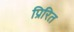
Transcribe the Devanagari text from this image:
प्रिरित